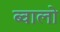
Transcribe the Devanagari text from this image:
ब्वालो